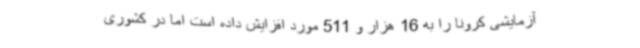
آزمایشی کرونا را به 16 هزار و 511 مورد افزایش داده است اما در کشوری